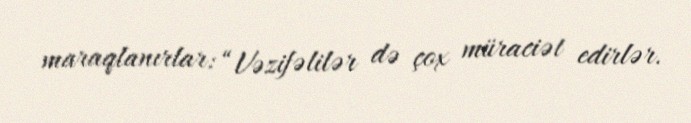
maraqlanırlar: “Vəzifəlilər də çox müraciət edirlər.